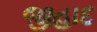
જીહાદ